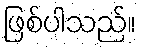
ဖြစ်ပါသည်။